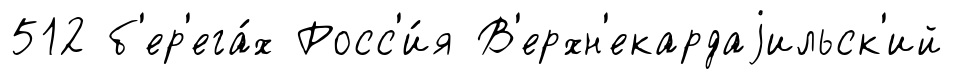
512 б'ер'ега́х Росс'и́я В'ерхн'екардаjильск'ий